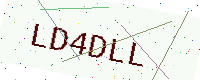
Text: LD4DLL